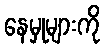
နေမှုများကို